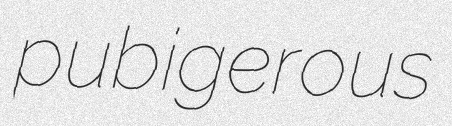
pubigerous